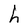
Character: h